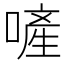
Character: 𠻿